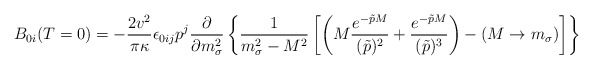
\begin{align*}B_{0i}(T=0)= - \frac{2 v^2}{ \pi \kappa} \epsilon_{0ij} p^j\frac{\partial}{\partial m_{\sigma}^2} \left\{ \frac{1}{m_{\sigma}^2 -M^2} \left[\left(M \frac{e^{- \tilde p M}}{(\tilde p )^2} + \frac{e^{-\tilde p M}}{(\tilde p )^3}\right) - (M \rightarrow m_{\sigma})\right] \right\}\end{align*}